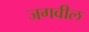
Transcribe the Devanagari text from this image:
जगवील